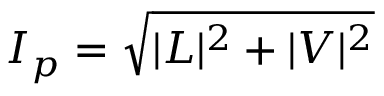
I _ { p } = { \sqrt { | L | ^ { 2 } + | V | ^ { 2 } } }